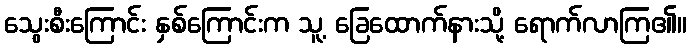
သွေးစီးကြောင်း နှစ်ကြောင်းက သူ့ ခြေထောက်နားသို့ ရောက်လာကြ၏။